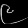
Digit: ၉